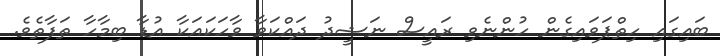
ބައިގައި ހިތްޕަވައިގެން ހުންނެވި ރައީސް ނަޝީދު ދައްކަވާ ވާހަކައަކާ އުޑާ ބިމާހާ ތަފާތެވެ.